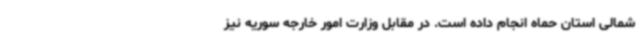
شمالی استان حماه انجام داده است. در مقابل وزارت امور خارجه سوریه نیز